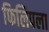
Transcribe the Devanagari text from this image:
फिलिपला